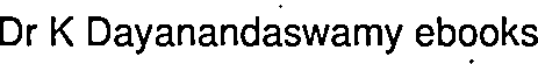
Dr K Dayanandaswamy ebooks